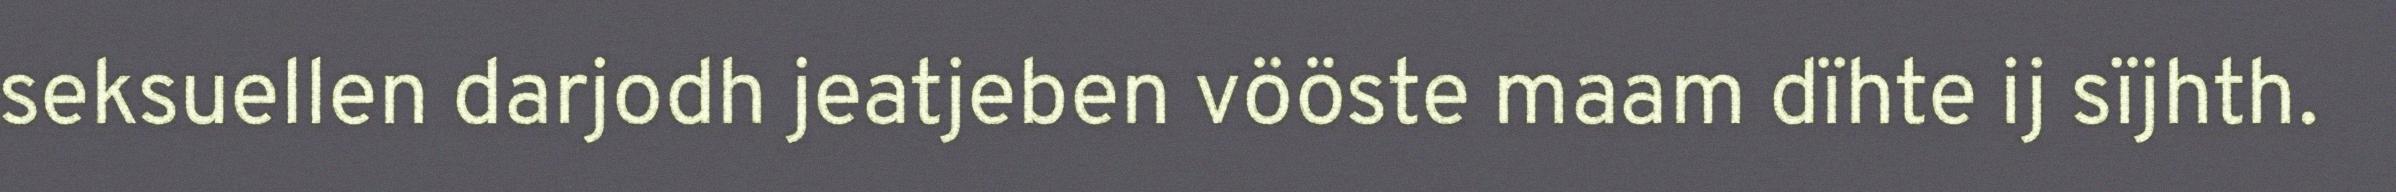
seksuellen darjodh jeatjeben vööste maam dïhte ij sïjhth.